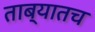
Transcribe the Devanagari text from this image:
ताब्यातच